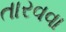
તારવવા